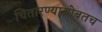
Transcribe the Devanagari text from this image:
चितारण्यासोबतच